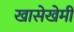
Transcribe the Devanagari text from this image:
खासेखेमी